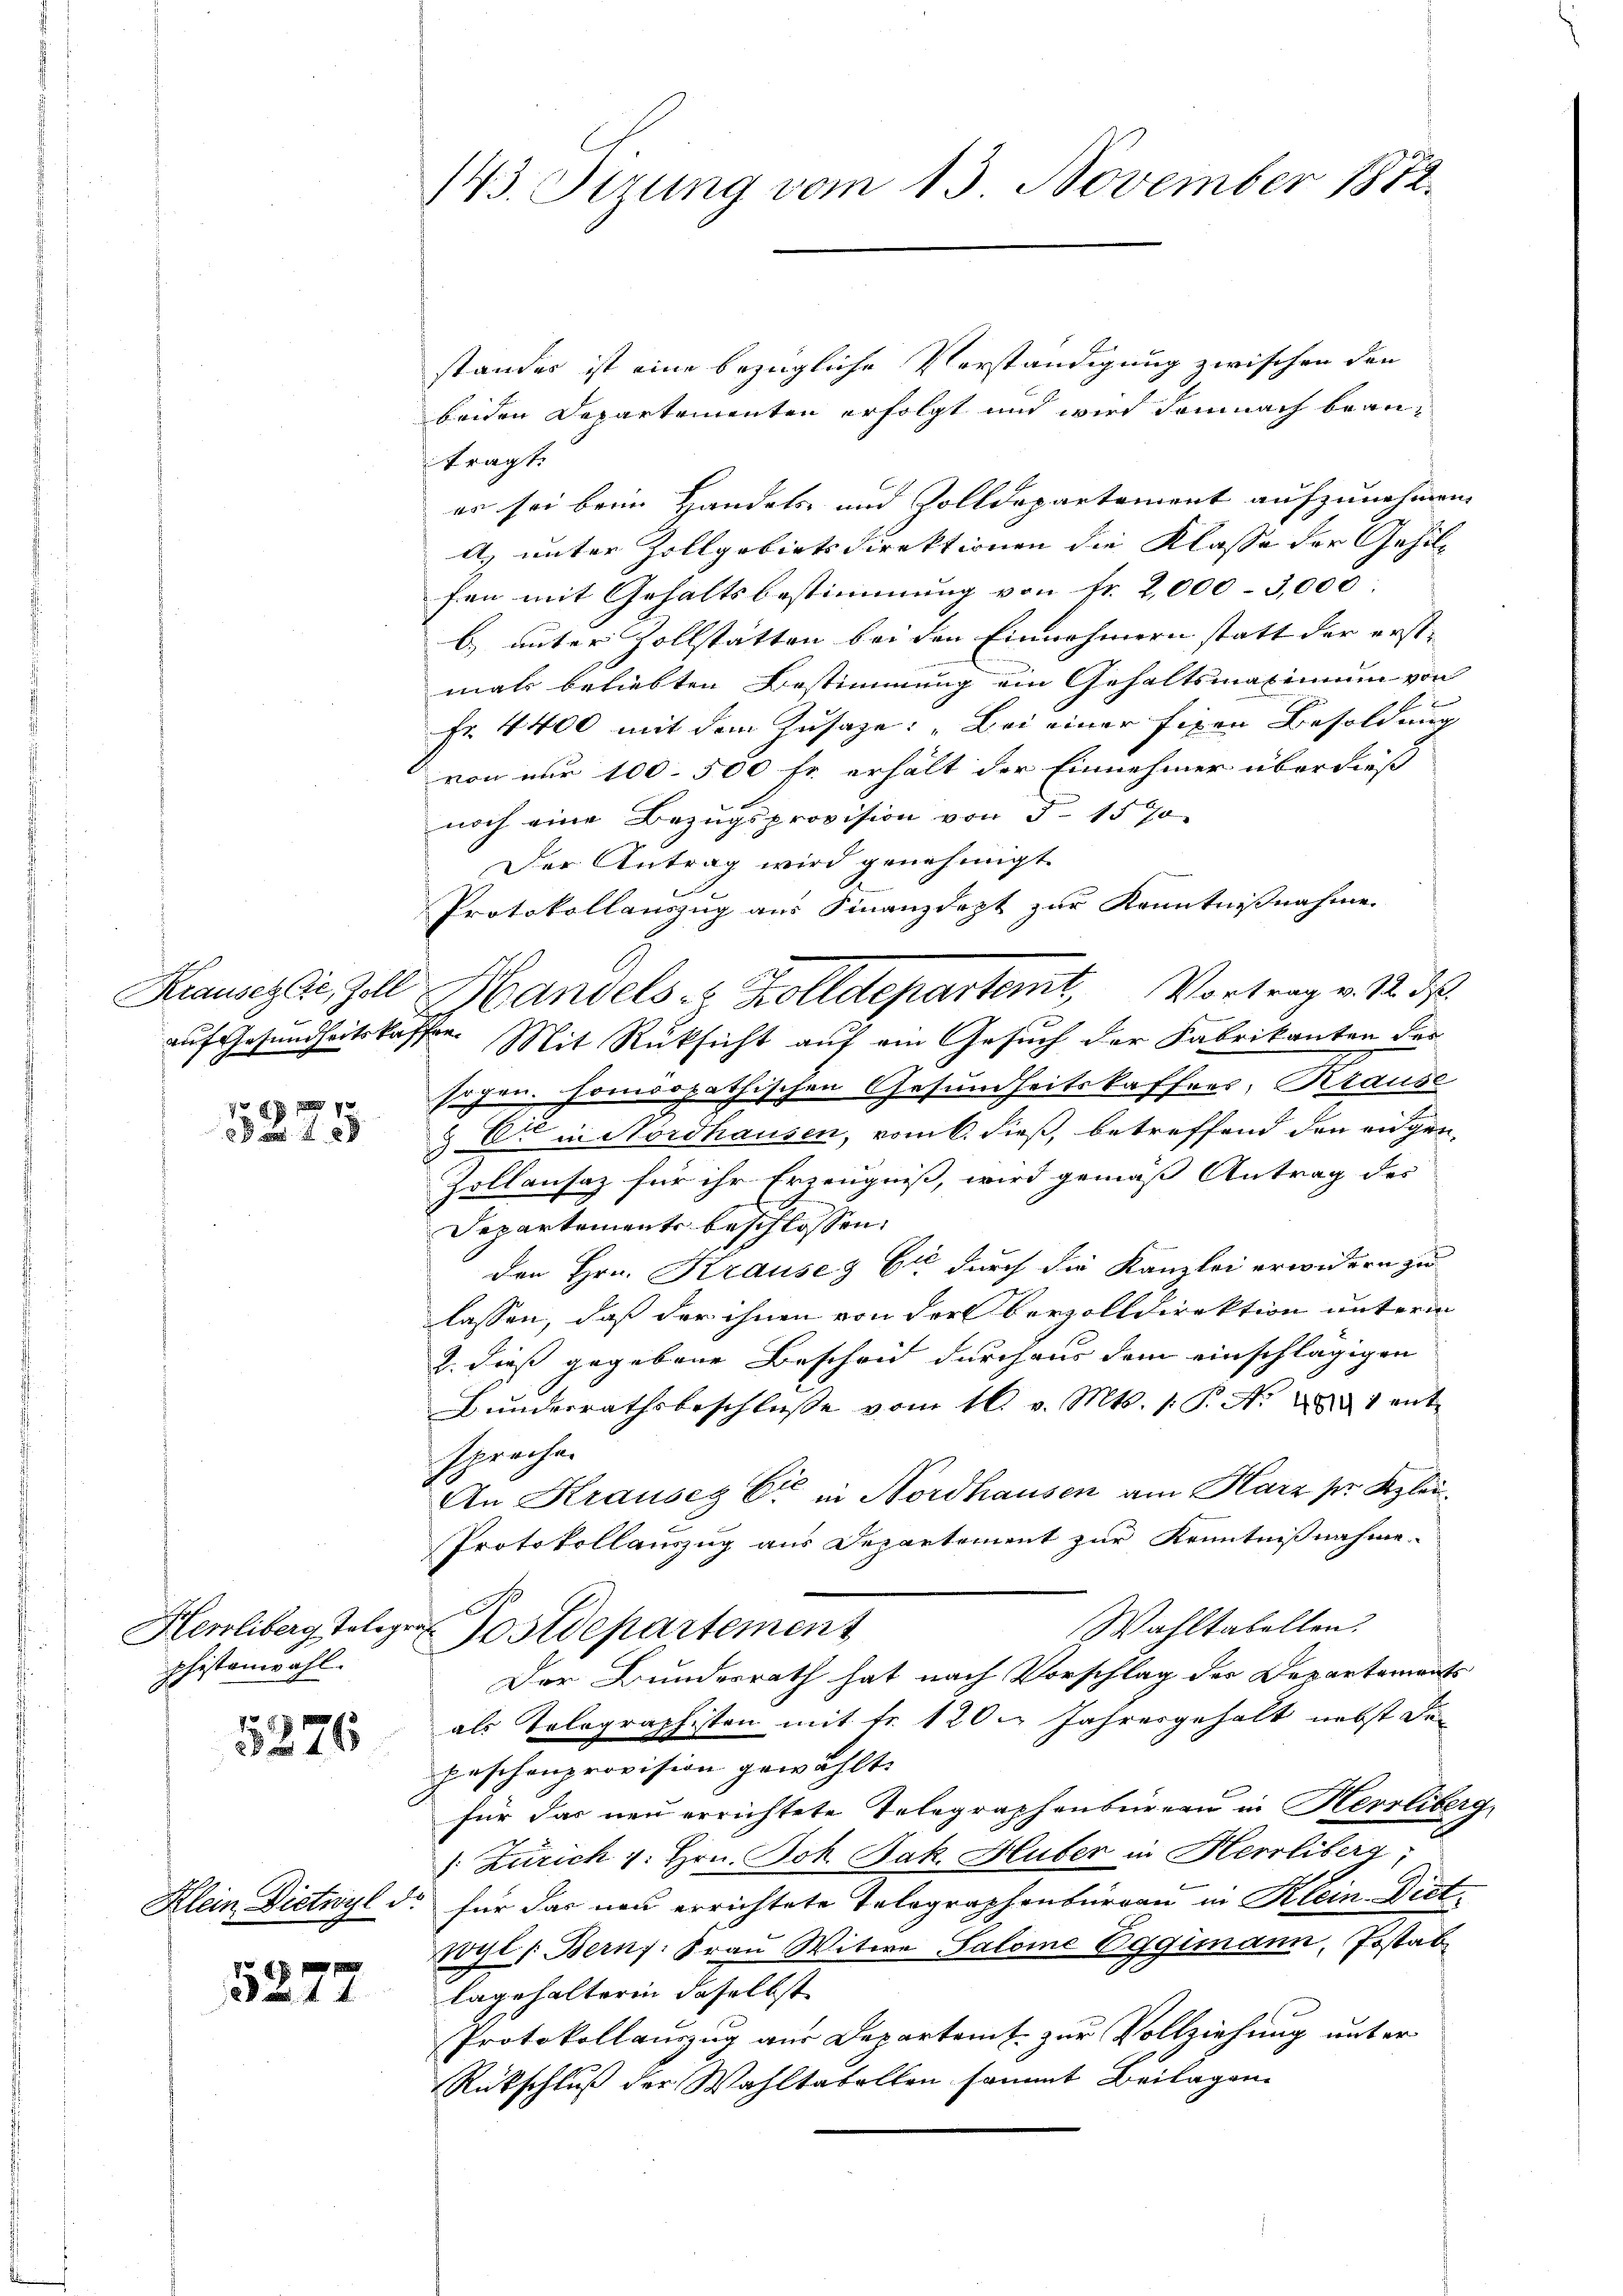
5275

Herliberg Teleg
phistenwahl.

5276

5277

143. Serung vom 13. November 1872.

standes ist eine bezügliche Verständigung zwischen den
beiden Departementen erfolgt und wird demnach beantragt.
er sei beim Handels und Zolldepartement aufzunehmen.
A. unter Zollgebietsdirektionen die Klasse der Gehilfen mit Gehaltsbestimmung von Fr. 2,000 - 3,000.
b) unter Zollstatten bei den Einnehmern statt der erst-
mals beliebten Bestimmung ein Gehaltsmaximum von
Fr. 4400 mit dem Zusage: „Bei einer fixen Besoldung
von nur 100. 500 fr. erhält der Einnehmer überdieß
noch eine Bezugsprovision von 5 1570
Der Antrag wird genehmigt.
Protokollauszug aus Finanzdept zur Kenntnißnahme
auf Gesundheitskasser. Mit Rüksicht auf ein Gesuch der Fabrikanten der
sogen. homöopathischen Gesundheitskaffees, Krause
& C in Nordhausen, vom 6. dieß, betreffend den eidgen
Zollansaz für ihr Erzeugniß, wird gemäß Antrag des
Departements beschlossen:
den Hrn. Krause & Cie durch die Kanzlei erwidern zu
lassen, daß der ihnen von der berzolldirektion unterm
2. dieß gegebene Bescheid durchaus dem einschlägigen
Bŭndesrathsbeschlüsse vom 16. v. Mts. 1. P. N. 281 ent-
sprochen
An Krauseg Cie in Nordhausen am Karz pr. Klei¬
Protokollauszug aus Departement zur Kenntnißnahme

Wahltabellen.
ostdepartement
Der Bundesrath hat nach Vorschlag des Departements
als Tolographisten mit Fr. 120. Jahresgehalt nebst de
paschenprovision gewählt.
für das neu errichtete Telegraphenbureau in Herrliberg,
1. Zürich 1. Hrn. Joh. Jak. Huber in Herrliberg;
Klein Dietwyl ds. für das neu errichtete Telegraphenburgau in Klein Dict¬
Wyl 1. Berns. Fraŭ Witwe Salome Eggimann, Jostab
lagehalterin daselbst
Protokollauszug aus Departamt zur Vollziehung unter
Rückschluß der Wahltabellen sammt Beilagen.

Krausezli, Zoll Mandels- & Zolldepartemt, Vortrag v. 12. ds.